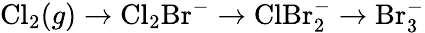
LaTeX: \mathrm{Cl}_{2}(g)\rightarrow\mathrm{Cl}_{2}\mathrm{Br}^{-}\rightarrow\mathrm{ClBr}_{2}^{-}\rightarrow\mathrm{Br}_{3}^{-}